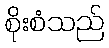
စိုးစံသည်